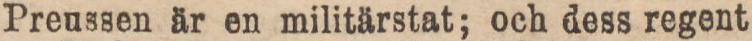
Preussen är en militärstat; och dess regent